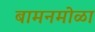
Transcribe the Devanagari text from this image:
बामनमोळा